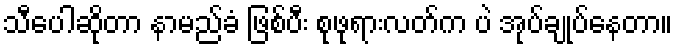
သီပေါဆိုတာ နာမည်ခံ ဖြစ်ပီး စုဖုရားလတ်က ပဲ အုပ်ချုပ်နေတာ။